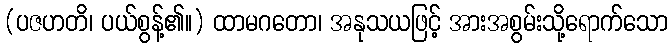
(ပဇဟတိ၊ ပယ်စွန့်၏။) ထာမဂတော၊ အနုသယဖြင့် အားအစွမ်းသို့ရောက်သော